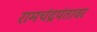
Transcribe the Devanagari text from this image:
रामचंद्रपंतावर